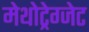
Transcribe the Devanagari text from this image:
मेथोट्रेग्जेट